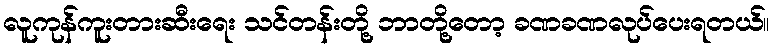
လူကုန်ကူးတားဆီးရေး သင်တန်းတို့ ဘာတို့တော့ ခဏခဏလုပ်ပေးရတယ်။